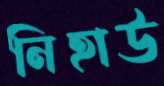
নিহাউ